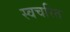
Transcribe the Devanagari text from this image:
स्वचरित